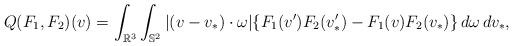
LaTeX: \begin{align*}Q(F_1,F_2)(v)=\int_{\mathbb{R}^{3}}\int_{\mathbb{S}^{2}}|(v-v_{*})\cdot\omega|\{F_1(v')F_2(v'_{*})-F_1(v)F_2(v_{*})\}\,d\omega\,dv_{*},\end{align*}